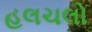
હલચલો